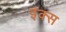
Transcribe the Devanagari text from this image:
इंक्स